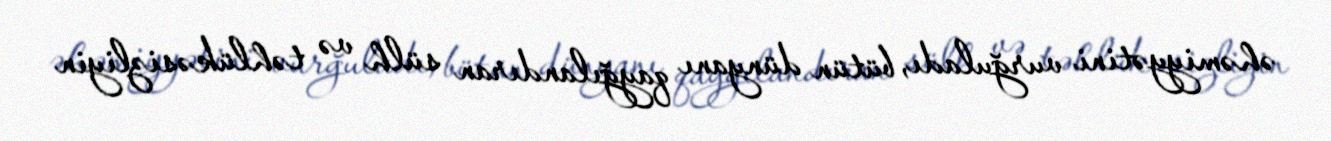
əhəmiyyətini vurğuladı, bütün dünyanı qayğılandıran sülh və təhlükəsizliyin